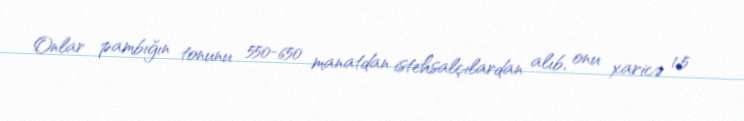
Onlar pambığın tonunu 550-650 manatdan istehsalçılardan alıb, onu xaricə 1,5